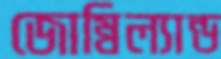
জোম্বিল্যান্ড